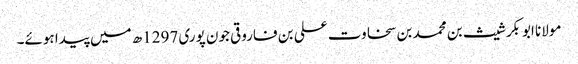
مولانا ابوبکر شیث بن محمد بن سخاوت علی بن فاروقی جون پوری 1297ھ میں پیدا ہوئے۔